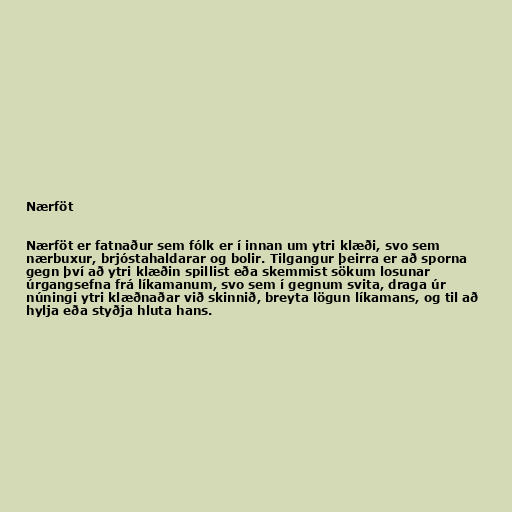
Nærföt

Nærföt er fatnaður sem fólk er í innan um ytri klæði, svo sem
nærbuxur, brjóstahaldarar og bolir. Tilgangur þeirra er að sporna
gegn því að ytri klæðin spillist eða skemmist sökum losunar
úrgangsefna frá líkamanum, svo sem í gegnum svita, draga úr
núningi ytri klæðnaðar við skinnið, breyta lögun líkamans, og til að
hylja eða styðja hluta hans.